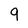
Character: 9